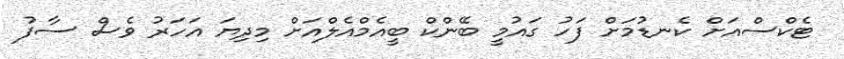
ޓެކްސްއަށް ކެނޑުމަށް ފަހު ގައުމީ ބޭންކް ބީއެމްއެލްއަށް މިދިޔަ އަހަރު ވެސް ސާފު